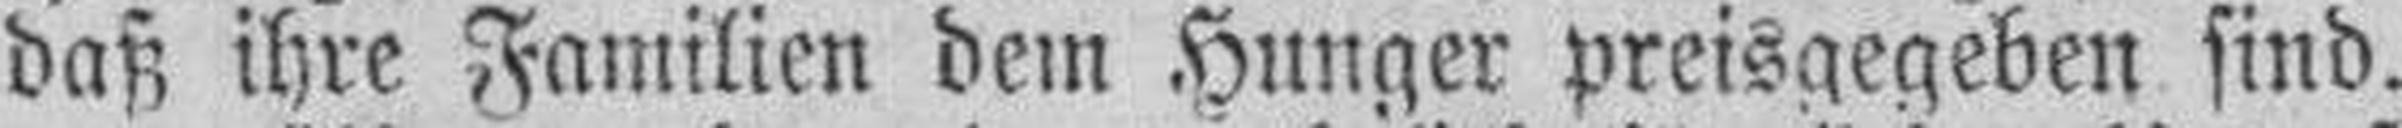
daß ihre Familien dem Hunger preisgegeben sind.